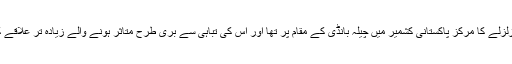
7.6 شدت کے اس زلزلے کا مرکز پاکستانی کشمیر میں چیلہ بانڈی کے مقام پر تھا اور اس کی تباہی سے بری طرح متاثر ہونے والے زیادہ تر علاقے کشمیر ہی کے تھے۔